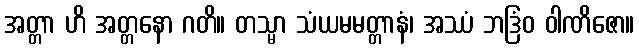
အတ္တာ ဟိ အတ္တနော ဂတိ။ တသ္မာ သံယမမတ္တာနံ၊ အဿံ ဘဒြံဝ ဝါဏိဇော။